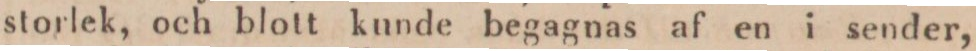
storlek, och blott kunde begagnas af en i sender,